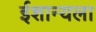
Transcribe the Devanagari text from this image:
ईशान्यला